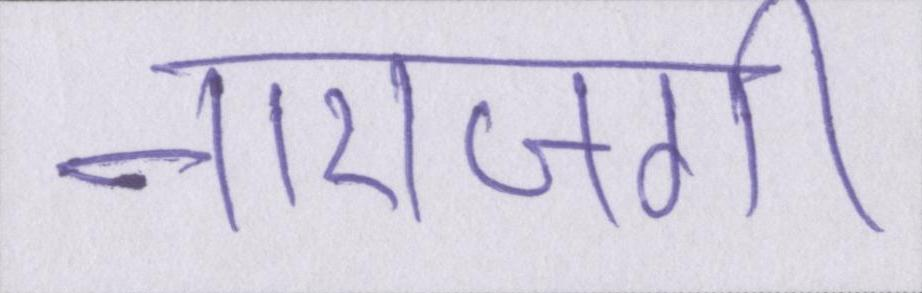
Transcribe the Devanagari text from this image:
नाराजगी